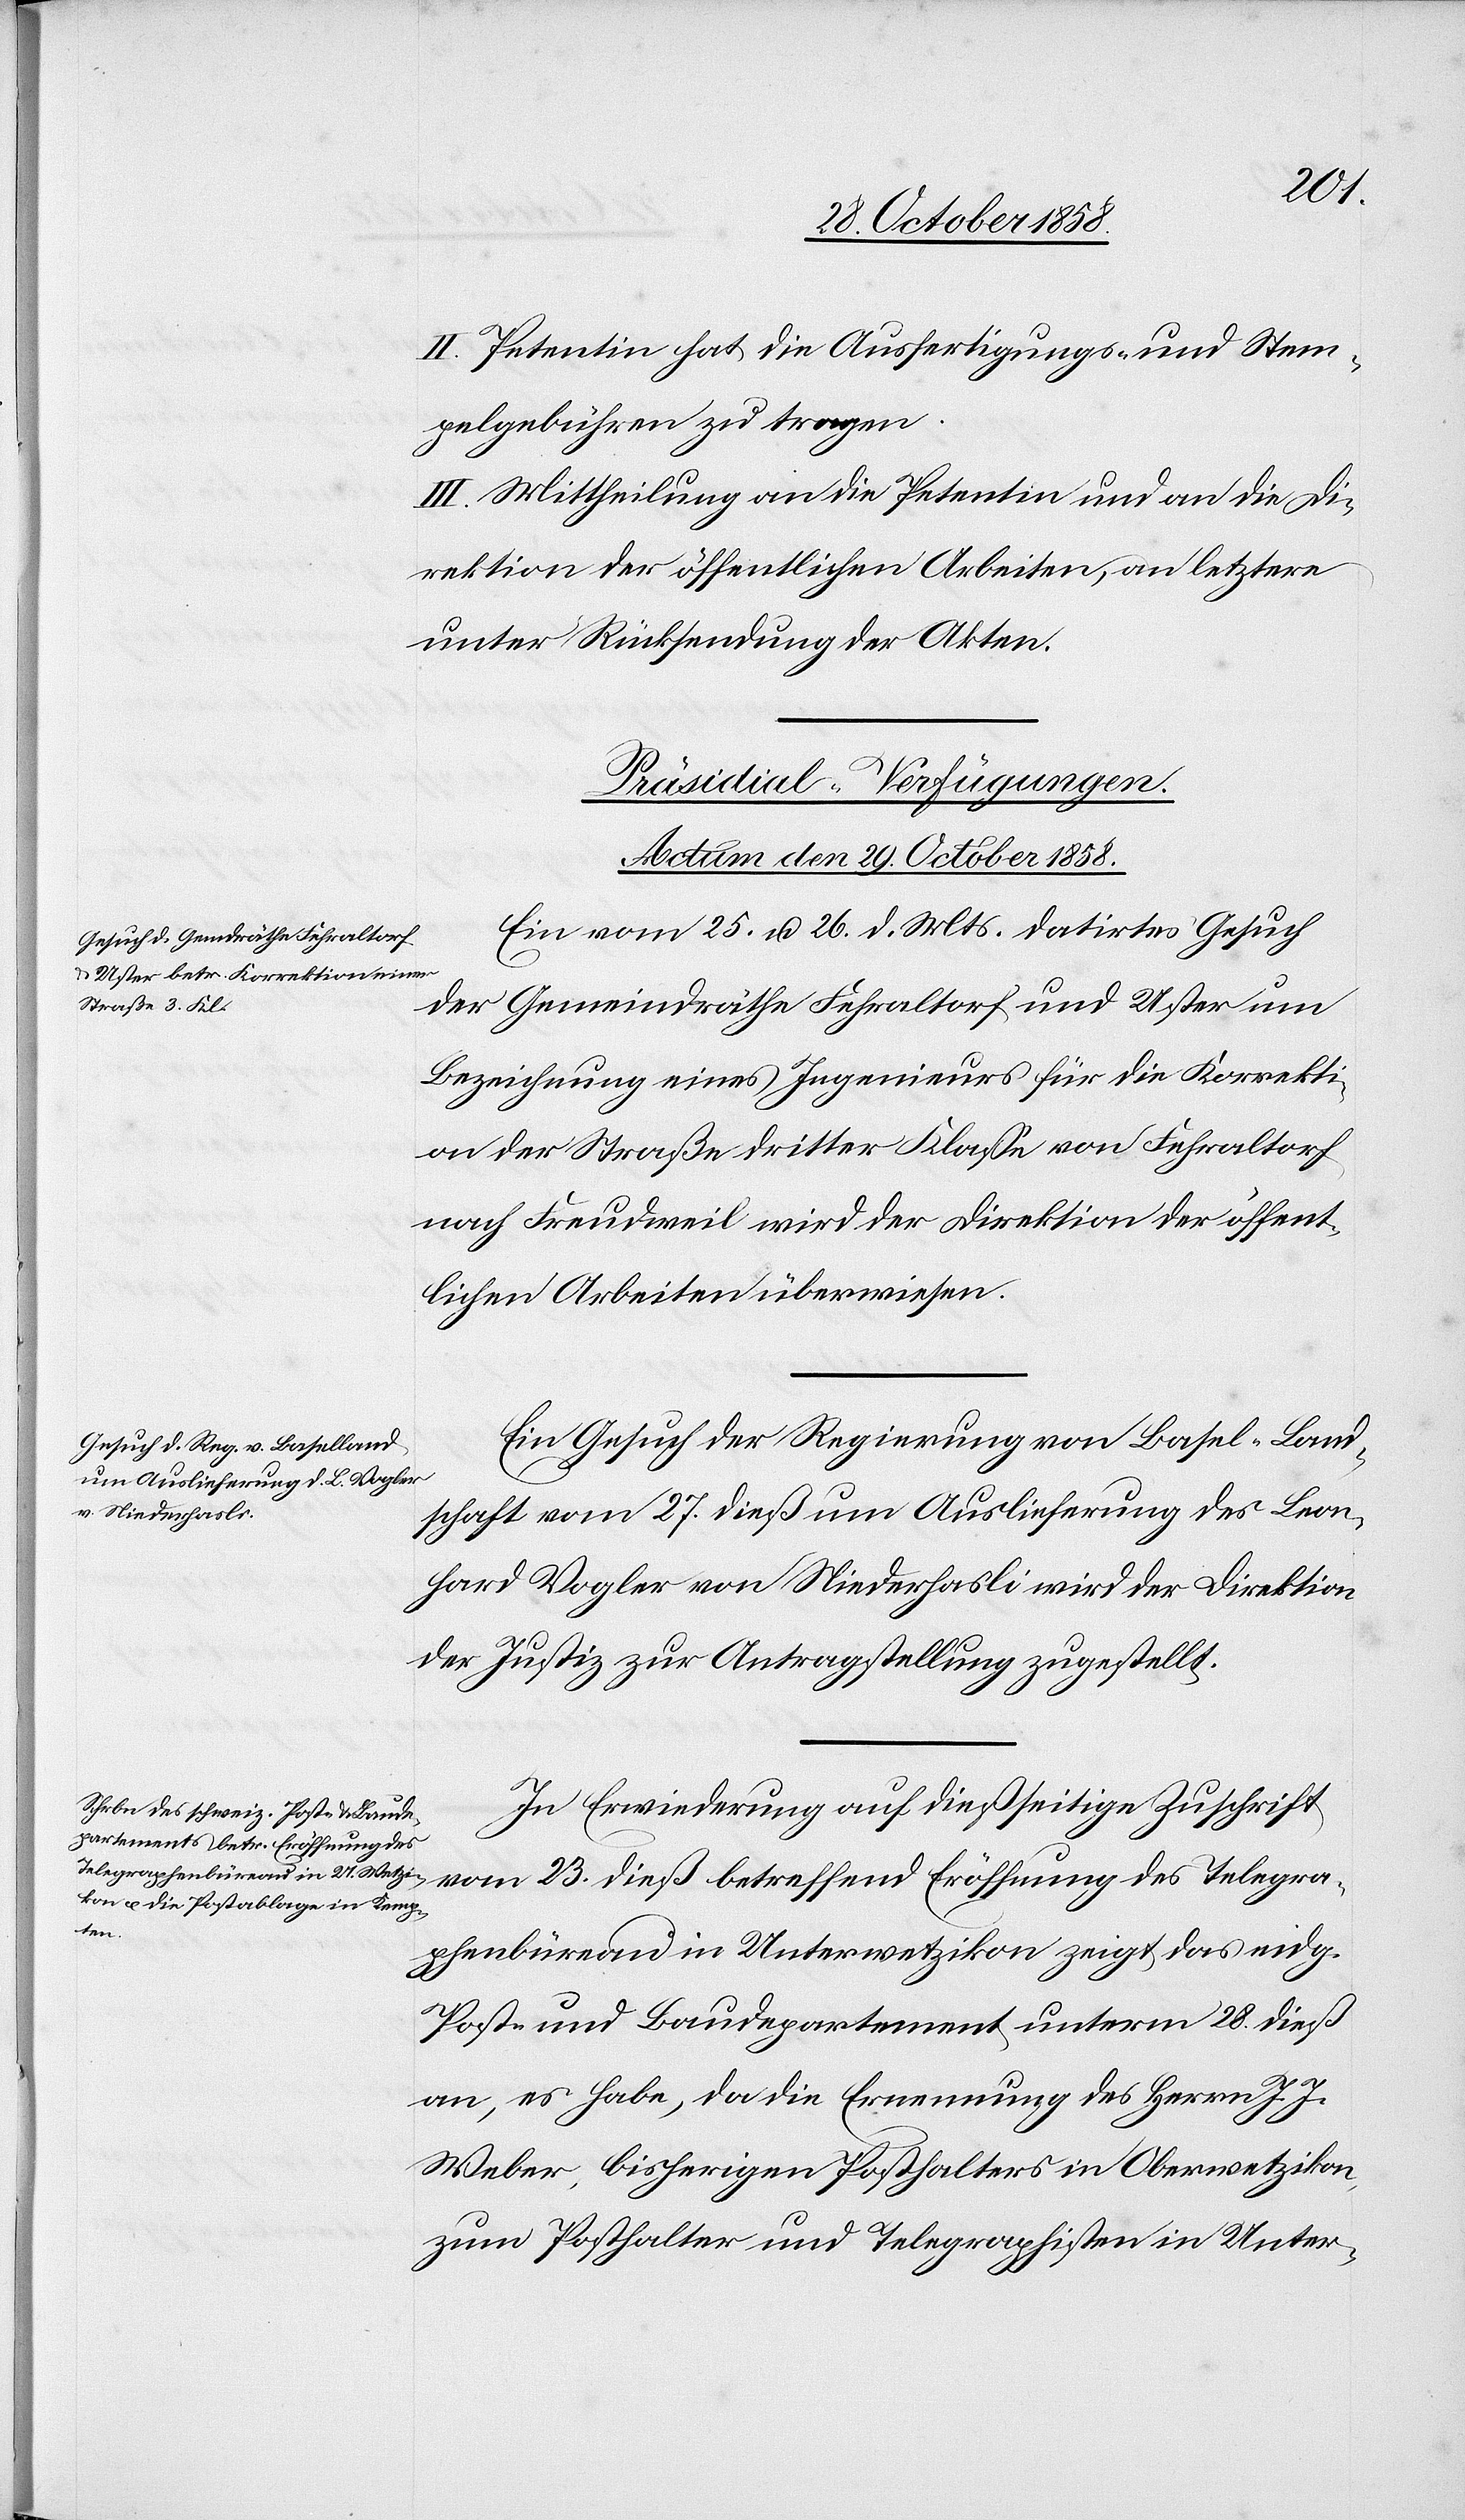
II. Petentin hat die Ausfertigungs- und Stem¬
pelgebühren zu tragen.
III. Mittheilung an die Petentin und an die Di¬
rektion der öffentlichen Arbeiten, an letztere
unter Rücksendung der Akten.
[Präsidial-Verfügungen.
Actum den 29. October 1858.]
Ein vom 25. u. 26. d. Mts. datirtes Gesuch
der Gemeindräthe Fehraltorf und Uster um
Bezeichnung eines Ingenieurs für die Korrekti¬
on der Straße dritter Klasse von Fehraltorf
nach Freudweil wird der Direktion der öffent¬
lichen Arbeiten überwiesen.
Ein Gesuch der Regierung von Basel-Land¬
schaft vom 27. dieß um Auslieferung des Leon¬
hard Vogler von Niederhasli wird der Direktion
der Justiz zur Antragstellung zugestellt.
In Erwiederung auf dießseitige Zuschrift
vom 23. dieß betreffend Eröffnung des Telegra¬
phenbüreau in Unterwetzikon zeigt das eidg.
Post- und Baudepartement unterm 28. dieß
an, es habe, da die Ernennung des Herrn J. J.
Weber, bisherigen Posthalters in Oberwetzikon,
zum Posthalter und Telegraphisten in Unter-